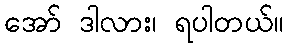
အော် ဒါလား၊ ရပါတယ်။